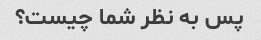
پس به نظر شما چیست؟